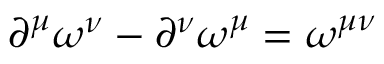
\partial ^ { \mu } \omega ^ { \nu } - \partial ^ { \nu } \omega ^ { \mu } = \omega ^ { \mu \nu }